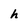
Character: h